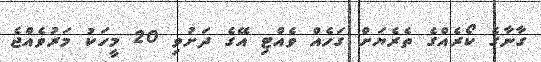
ގާނާގެ ކޯރެއްގެ ތެރެޔަށް ގަހެއް ވެއްޓި އޭގެ ދަށުވި 20 މީހަކު މަރުވެއްޖެ